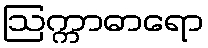
ဩက္ကာဓာရော